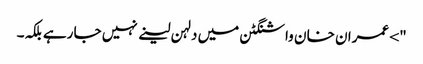
"> عمران خا ن واشنگٹن میں دلہن لینے نہیں جا رہے بلکہ۔